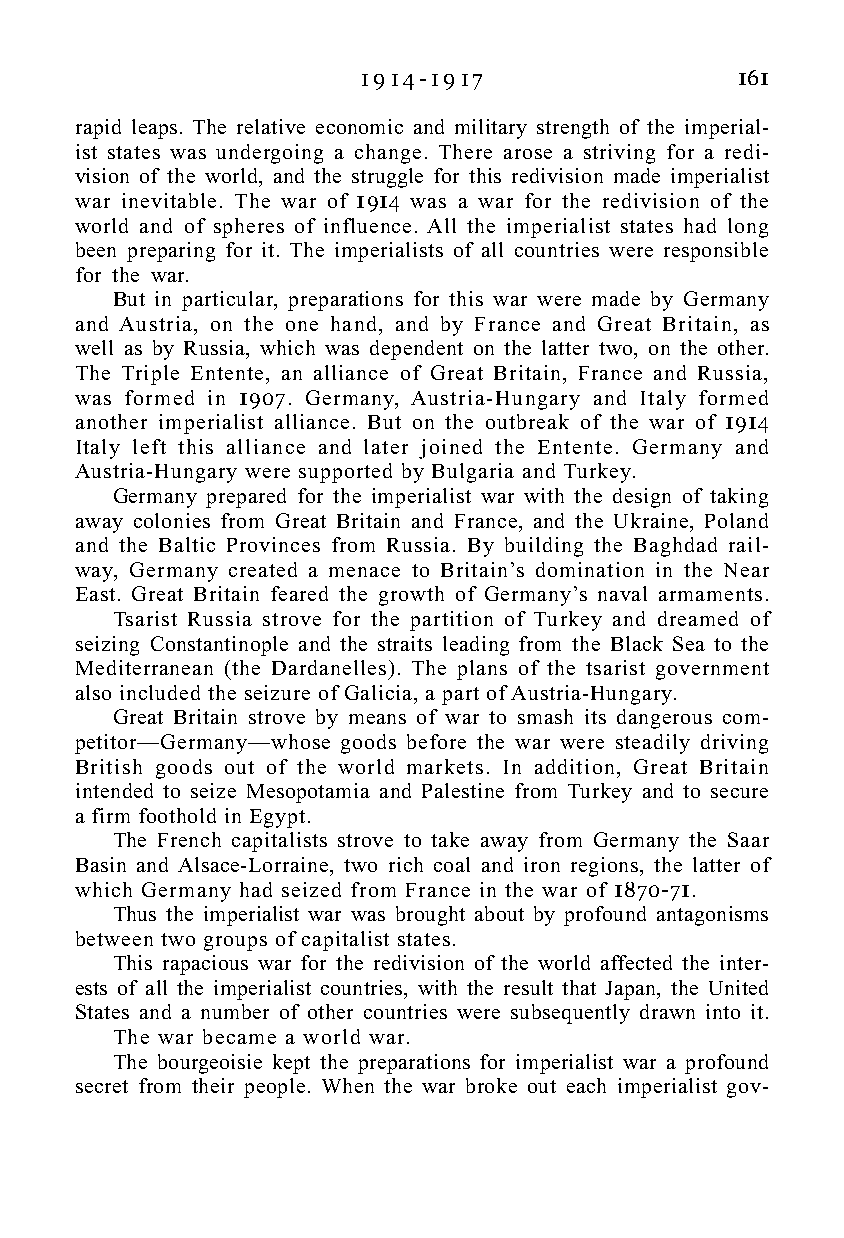
1 9 1 4 - 1 9 1 7        161
 rapid leaps. The relative economic and military strength of the imperial-
 ist states was undergoing a change. There arose a striving for a redi-
 vision of the world, and the struggle for this redivision made imperialist
 war inevitable. The war of 1914 was a war for the redivision of the
 world and of spheres of influence. All the imperialist states had long
 been preparing for it. The imperialists of all countries were responsible
 for the war.
 But in particular, preparations for this war were made by Germany
 and Austria, on the one hand, and by France and Great Britain, as
 well as by Russia, which was dependent on the latter two, on the other.
 The Triple Entente, an alliance of Great Britain, France and Russia,
 was formed in 1907. Germany, Austria-Hungary and Italy formed
 another imperialist alliance. But on the outbreak of the war of 1914
 Italy left this alliance and later joined the Entente. Germany and
 Austria-Hungary were supported by Bulgaria and Turkey.
 Germany prepared for the imperialist war with the design of taking
 away colonies from Great Britain and France, and the Ukraine, Poland
 and the Baltic Provinces from Russia. By building the Baghdad rail-
 way, Germany created a menace to Britain’s domination in the Near
 East. Great Britain feared the growth of Germany’s naval armaments.
 Tsarist Russia strove for the partition of Turkey and dreamed of
 seizing Constantinople and the straits leading from the Black Sea to the
 Mediterranean (the Dardanelles). The plans of the tsarist government
 also included the seizure of Galicia, a part of Austria-Hungary.
 Great Britain strove by means of war to smash its dangerous com-
 petitor—Germany—whose goods before the war were steadily driving
 British goods out of the world markets. In addition, Great Britain
 intended to seize Mesopotamia and Palestine from Turkey and to secure
 a firm foothold in Egypt.
 The French capitalists strove to take away from Germany the Saar
 Basin and Alsace-Lorraine, two rich coal and iron regions, the latter of
 which Germany had seized from France in the war of 1870-71.
 Thus the imperialist war was brought about by profound antagonisms
 between two groups of capitalist states.
 This rapacious war for the redivision of the world affected the inter-
 ests of all the imperialist countries, with the result that Japan, the United
 States and a number of other countries were subsequently drawn into it.
 The war became a world war.
 The bourgeoisie kept the preparations for imperialist war a profound
 secret from their people. When the war broke out each imperialist gov-